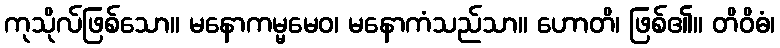
ကုသိုလ်ဖြစ်သော။ မနောကမ္မမေဝ၊ မနောကံသည်သာ။ ဟောတိ၊ ဖြစ်၏။ တိဝိဓံ၊